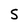
Character: S